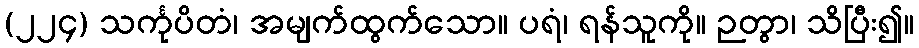
(၂၂၄) သင်္ကုပိတံ၊ အမျက်ထွက်သော။ ပရံ၊ ရန်သူကို။ ဉတွာ၊ သိပြီး၍။